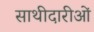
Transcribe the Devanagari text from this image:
साथीदारीओं